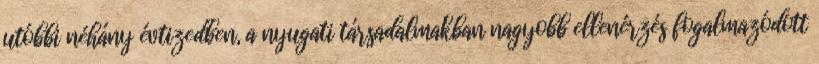
utóbbi néhány évtizedben, a nyugati társadalmakban nagyobb ellenérzés fogalmazódott